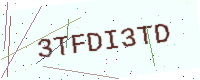
Text: 3TFDI3TD